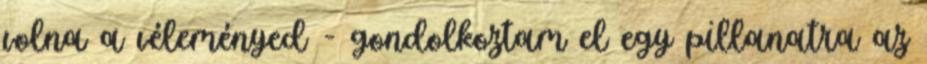
volna a véleményed - gondolkoztam el egy pillanatra az